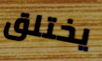
يختلق